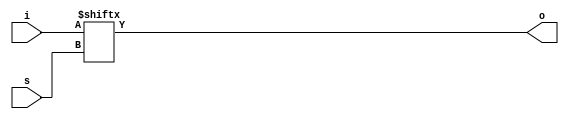
module sample_mux_one #(
    parameter w = 16
    )(
    input[w-1:0] i,
    output o,
    input[$clog2(w)-1:0] s
    );

assign o = i[s];

endmodule

module sample_mux #(
    parameter w = 16
    )(
    input[w-1:0] i,
    output[w-1:0] o,
    input[$clog2(w)*w-1:0] s
    );

genvar x;
generate
    for (x = 0; x < w; x = x + 1) begin : g
        sample_mux_one #(.w(w)) z(
            .i(i),
            .o(o[x]),
            .s(s[$clog2(w)*(x+1)-1:$clog2(w)*x])
            );
    end
endgenerate

endmodule

// Note that for the compressor to work, each cycle where in_strobe
// is set should be immediately followed by a cycle in which
// in_strobe is clear.
//
// The size of the output stream can be up to 1.5 times that
// of the input stream, but will typically be much closer to 0.
module sample_compressor(
    input clk,
    input rst_n,

    input[15:0] in_data,
    input in_strobe,
    output reg[15:0] out_data,
    output reg out_strobe,

    output reg overflow_error
    );

localparam
    st_init    = 2'd0,
    st_single  = 2'd1,
    st_run     = 2'd2,
    st_recover = 2'd3;

reg[1:0] state;
reg[15:0] last_data;
reg[15:0] cntr;

always @(posedge clk or negedge rst_n) begin
    if (!rst_n) begin
        state <= st_init;
        last_data <= 16'sbx;
        out_data <= 1'sbx;
        out_strobe <= 1'b0;
        overflow_error <= 1'b0;
    end else begin
        out_data <= 1'sbx;
        out_strobe <= 1'b0;
        case (state)
            st_init: if (in_strobe) begin
                state <= st_single;
                out_data <= in_data;
                out_strobe <= 1'b1;
            end
            st_single: if (in_strobe) begin
                out_data <= in_data;
                out_strobe <= 1'b1;
                if (last_data == in_data) begin
                    state <= st_run;
                    cntr <= 1'b0;
                end
            end
            st_run: if (in_strobe) begin
                if (last_data != in_data) begin
                    state <= st_recover;
                    out_data <= cntr;
                    out_strobe <= 1'b1;
                end else begin
                    if (cntr == 16'hFFFE) begin
                        out_data <= 16'hFFFF;
                        out_strobe <= 1'b1;
                    end
                end
                if (cntr == 16'hFFFE)
                    cntr <= 1'b0;
                else
                    cntr <= cntr + 1'b1;
            end
            st_recover: begin
                if (in_strobe)
                    overflow_error <= 1'b1;
                state <= st_single;
                out_data <= last_data;
                out_strobe <= 1'b1;
            end
        endcase
        
        if (in_strobe)
            last_data <= in_data;
    end
end

endmodule

module sample_strober(
    input clk,
    input rst_n,

    input[15:0] s,
    output sample_strobe,

    input enable,
    input clear_timer,

    input[31:0] period,
    input[15:0] rising_edge_mask,
    input[15:0] falling_edge_mask
    );

reg[31:0] cntr;
wire cntr_strobe = (cntr == period);

reg[15:0] last_s;

wire[15:0] rising_edges = ~last_s & s & rising_edge_mask;
wire[15:0] falling_edges = last_s & ~s & falling_edge_mask;
wire edge_strobe = (rising_edges != 0) || (falling_edges != 0);

assign sample_strobe = (enable && cntr_strobe) || edge_strobe;

always @(posedge clk or negedge rst_n) begin
    if (!rst_n) begin
        cntr <= 1'b0;
    end else begin
        last_s <= s;

        if (enable) begin
            if (cntr_strobe)
                cntr <= 1'b0;
            else
                cntr <= cntr + 1'b1;
        end

        if (clear_timer)
            cntr <= 1'b0;
    end
end

endmodule

module sample_serializer(
    input clk,
    input rst_n,

    input[15:0] in_data,
    input in_strobe,
    output reg[15:0] out_data,
    output reg out_strobe,
    output reg[63:0] sample_index,

    input[2:0] log_channels
    );

always @(posedge clk or negedge rst_n) begin
    if (!rst_n) begin
        out_strobe <= 1'b0;
        sample_index <= 1'b0;
    end else begin
        if (out_strobe)
            out_strobe <= 1'b0;

        if (in_strobe) begin
            case (log_channels)
                3'd0: begin
                    out_data <= { out_data[14:0], in_data[0] };
                    if (sample_index[3:0] == 4'd15)
                        out_strobe <= 1'b1;
                    sample_index <= sample_index + 4'd1;
                end
                3'd1: begin
                    out_data <= { out_data[13:0], in_data[1:0] };
                    if (sample_index[3:0] == 4'd14)
                        out_strobe <= 1'b1;
                    sample_index <= sample_index + 4'd2;
                end
                3'd2: begin
                    out_data <= { out_data[11:0], in_data[3:0] };
                    if (sample_index[3:0] == 4'd12)
                        out_strobe <= 1'b1;
                    sample_index <= sample_index + 4'd4;
                end
                3'd3: begin
                    out_data <= { out_data[7:0], in_data[7:0] };
                    if (sample_index[3:0] == 4'd8)
                        out_strobe <= 1'b1;
                    sample_index <= sample_index + 4'd8;
                end
                default: begin
                    out_data <= in_data;
                    out_strobe <= 1'b1;
                    sample_index <= sample_index + 5'd16;
                end
            endcase
        end
    end
end

endmodule

// The sampler input `s` must already be synchronized
// to avoid metastability.
module sampler(
    input clk,
    input rst_n,

    input[15:0] s,

    output[15:0] out_data,
    output out_valid,

    output compressor_overflow_error,

    input avalid,
    input awe,
    input[4:2] aaddr,
    input[31:0] adata,
    output reg bvalid,
    output reg[31:0] bdata
    );

wire[15:0] s_muxed;
reg[63:0] in_mux;
sample_mux #(.w(16)) mux0(
    .i(s),
    .o(s_muxed),
    .s(in_mux)
    );

reg enable_timer;
reg clear_timer;

reg[31:0] period;
reg[15:0] rising_edge_mask;
reg[15:0] falling_edge_mask;

reg clear_pipeline;

wire sample_strobe;
sample_strober strober0(
    .clk(clk),
    .rst_n(rst_n && !clear_pipeline),

    .enable(enable_timer),
    .clear_timer(clear_timer),

    .s(s_muxed),
    .sample_strobe(sample_strobe),

    .period(period),
    .rising_edge_mask(rising_edge_mask),
    .falling_edge_mask(falling_edge_mask)
    );

reg[2:0] log_channels;

wire ser_strobe;
wire[15:0] ser_data;
wire[63:0] sample_index;

sample_serializer ser0(
    .clk(clk),
    .rst_n(rst_n && !clear_pipeline),

    .in_data(s_muxed),
    .in_strobe(sample_strobe),
    .out_data(ser_data),
    .out_strobe(ser_strobe),
    .sample_index(sample_index),

    .log_channels(log_channels)
    );

sample_compressor compressor0(
    .clk(clk),
    .rst_n(rst_n && !clear_pipeline),

    .in_data(ser_data),
    .in_strobe(ser_strobe),
    .out_data(out_data),
    .out_strobe(out_valid),

    .overflow_error(compressor_overflow_error)
    );

reg[31:0] temp;

always @(posedge clk or negedge rst_n) begin
    if (!rst_n) begin
        in_mux <= 64'hFEDCBA9876543210;
        enable_timer <= 1'b0;
        clear_timer <= 1'b0;
        log_channels <= 3'd4;
        clear_pipeline <= 1'b0;
        period <= 1'b0;
        rising_edge_mask <= 1'b0;
        falling_edge_mask <= 1'b0;
        temp <= 1'bx;

        bvalid <= 1'b0;
    end else begin
        clear_timer <= 1'b0;
        clear_pipeline <= 1'b0;

        bvalid <= 1'b0;
        bdata <= 1'sbx;

        if (avalid && awe) begin
            case (aaddr)
                3'h0: begin
                    enable_timer <= adata[0];
                    if (adata[1])
                        clear_timer <= 1'b1;
                    if (adata[2])
                        clear_pipeline <= 1'b1;
                    log_channels <= adata[6:4];
                end
                3'h1: begin
                    period <= adata;
                end
                3'h2: begin
                    falling_edge_mask <= adata[15:0];
                    rising_edge_mask <= adata[31:16];
                end
                3'h4: begin
                    in_mux[31:0] <= adata;
                end
                3'h5: begin
                    in_mux[63:32] <= adata;
                end
            endcase
        end

        if (avalid && !awe) begin
            case (aaddr)
                3'h0: bdata <= { 1'b0, log_channels, 3'b0, enable_timer };
                3'h1: bdata <= period;
                3'h2: bdata <= { rising_edge_mask, falling_edge_mask };
                3'h3: bdata <= { ser_data, sample_index[15:0] };
                3'h4: bdata <= in_mux[31:0];
                3'h5: bdata <= in_mux[63:32];
                3'h6: begin
                    bdata <= sample_index[31:0];
                    temp <= sample_index[63:32];
                end
                3'h7: bdata <= temp;
            endcase
        end

        bvalid <= avalid;
    end
end

endmodule